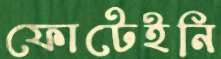
ফোটেইনি